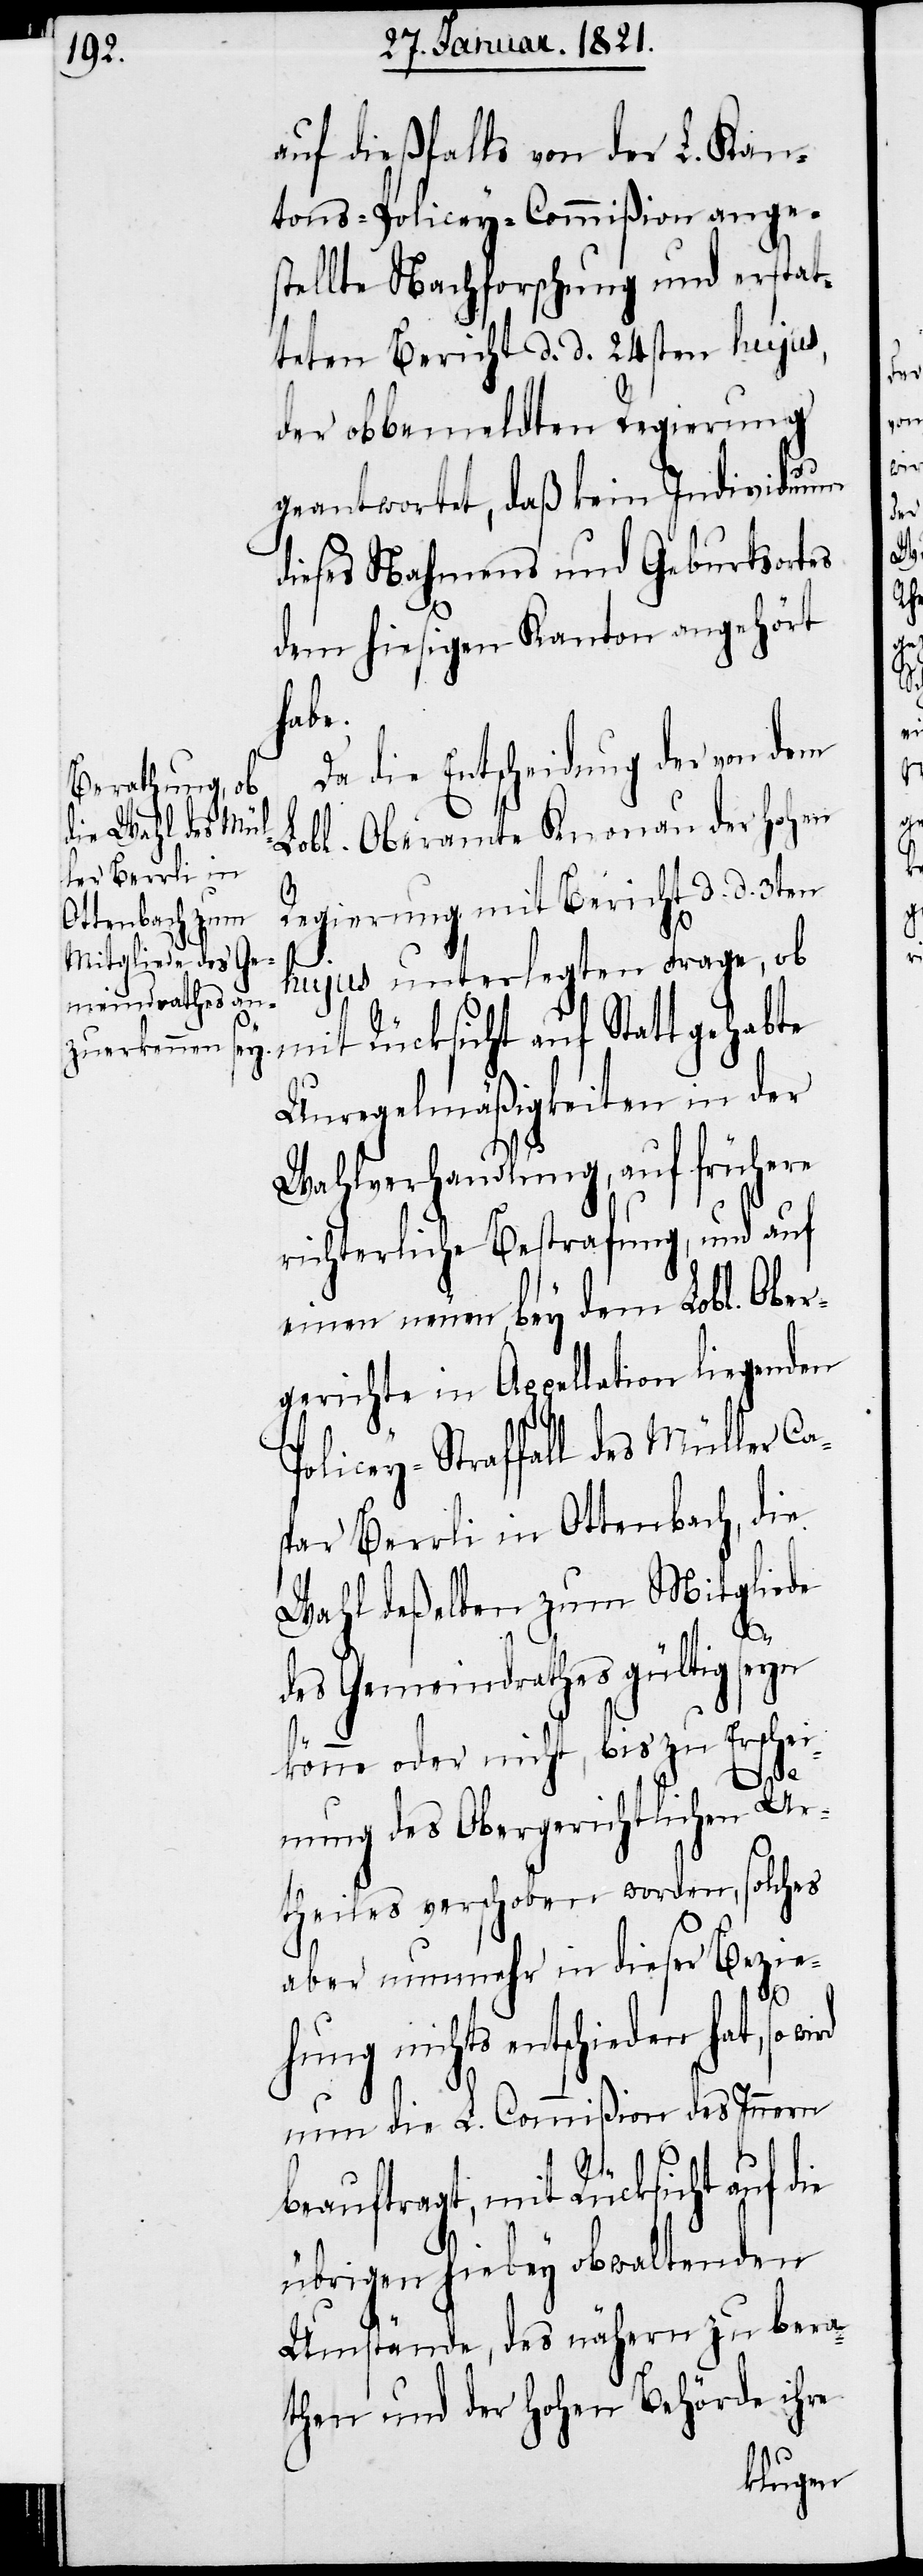
auf dießfalls von der L. Kan¬
tons-Policey-Commißion ange¬
stellte Nachforschung und erstat¬
teten Berichts d. d. 24sten hujus,
der obbemeldten Regierung
geantwortet, daß kein Individuum
dieses Nahmens und Geburtsortes
dem hiesigen Kanton angehört
habe.
Da die Entscheidung der von dem
Lobl. Oberamte Knonau der hohen
Regierung mit Bericht d. d. 3ten
ie
hujus unterlegten Frage, ob
mit Rücksicht auf Statt gehabte
Unregelmäßigkeiten in der
Wahlverhandlung, auf frühere
richterliche Bestrafung, und auf
einen neuen, bey dem Lobl. Ober¬
gerichte in Appellation liegenden
Policey-Straffall des Müller C¬
spar Berrli in Ottenbach, die
Wahl deßelben zum Mitgliede
a¬
des Gemeindrathes gültig seyn
könne oder nicht, bis zu Erschei¬
wird
nung des Obergerichtlichen Ur¬
theils verschoben worden, solches
aber nunmehr in dieser Bezie¬
hung nichts entschieden
nun die L. Commißion des Innern
beauftragt, mit Rücksicht auf d¬
übrigen hiebey obwaltenden
Umstände, des nähern zu bera¬
then und der hohen Behörde ihre